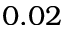
0 . 0 2